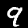
Label: 9